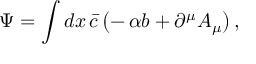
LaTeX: \Psi = \int d x \, \bar { c } \, \bigl ( - \, \alpha b + \partial ^ { \mu } A _ { \mu } \bigr ) \, ,